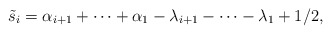
\begin{align*}\tilde{s}_{i}=\alpha_{i+1}+\cdots +\alpha_{1}-\lambda_{i+1}-\cdots-\lambda_{1}+1/2,\end{align*}